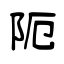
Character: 阨